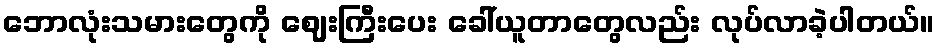
ဘောလုံးသမားတွေကို ဈေးကြီးပေး ခေါ်ယူတာတွေလည်း လုပ်လာခဲ့ပါတယ်။